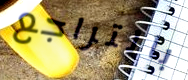
بالتراجع